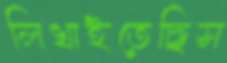
লিখাইতেছিস